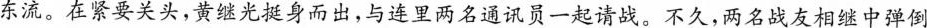
东流。在紧要关头，黄继光挺身而出，与连里两名通讯员一起请战。不久，两名战友相继中弹倒